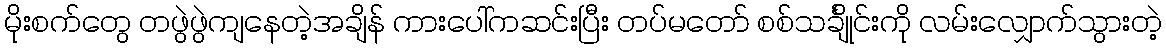
မိုးစက်တွေ တဖွဲဖွဲကျနေတဲ့အချိန် ကားပေါ်ကဆင်းပြီး တပ်မတော် စစ်သင်္ချိုင်းကို လမ်းလျှောက်သွားတဲ့